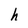
Character: h